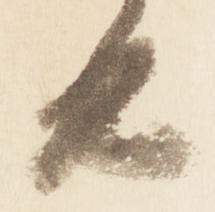
由